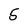
Character: 5